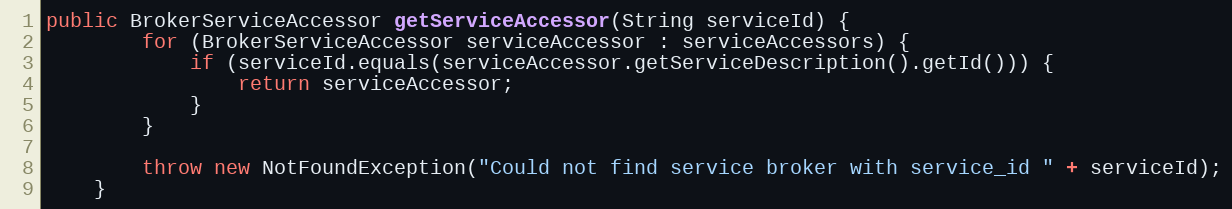
Language: Java
public BrokerServiceAccessor getServiceAccessor(String serviceId) {
        for (BrokerServiceAccessor serviceAccessor : serviceAccessors) {
            if (serviceId.equals(serviceAccessor.getServiceDescription().getId())) {
                return serviceAccessor;
            }
        }

        throw new NotFoundException("Could not find service broker with service_id " + serviceId);
    }